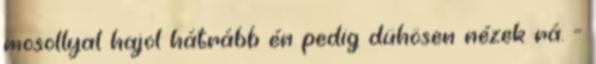
mosollyal hajol hátrább én pedig dühösen nézek rá. -